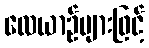
လေယာဉ်များဖြင့်